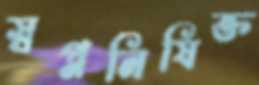
স্বপ্ননিষিক্ত